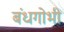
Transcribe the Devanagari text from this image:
बंधगोभी